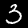
Digit: 3